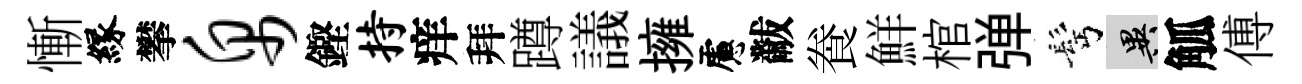
慚縁攀帛鏗持痒拜蹲議擁慮黻飬鮮棺弹髩异觚傅